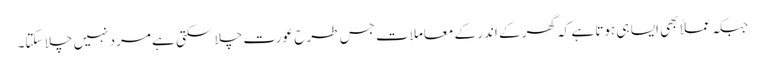
جبکہ عملاً بھی ایسا ہی ہوتا ہے کہ گھر کے اندر کے معاملات جس طرح عورت چلا سکتی ہے مرد نہیں چلا سکتا۔